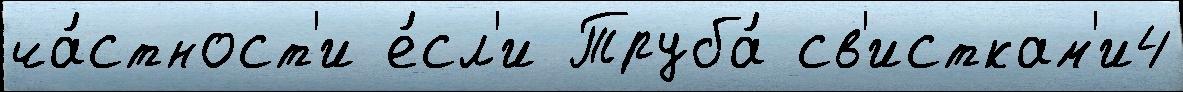
ча́стност'и е́сл'и Труба́ св'исткам'и4